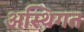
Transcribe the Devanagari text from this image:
अस्थिगत